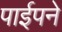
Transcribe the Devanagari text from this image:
पाईपने